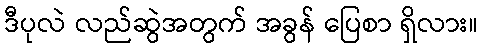
ဒီပုလဲ လည်ဆွဲအတွက် အခွန် ပြေစာ ရှိလား။